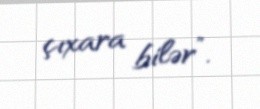
çıxara bilər”.